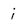
Character: i